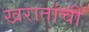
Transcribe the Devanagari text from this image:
खरातांची